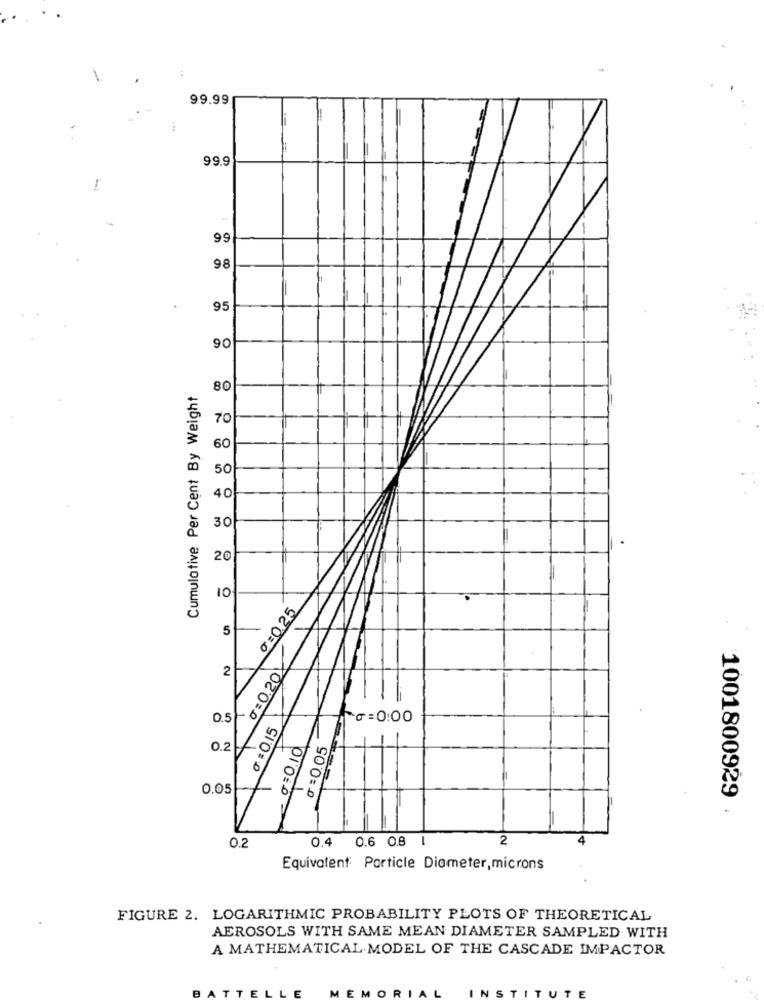
-
99.99
99.9
1
99
98
95
90
Cumulative Per Cent By Weight
80
70
60
50
40
30
20
10
0=0.25
5
0: 0.20
0.51
៛ :0.15
G = 0:00
0=0.05
0.2
0.05
0100 -
1001800929
2
4
0.2
0.4 0.6 0.8
Equivalent: Particle Diameter, microns
FIGURE 2. LOGARITHMIC PROBABILITY PLOTS OF THEORETICAL
AEROSOLS WITH SAME MEAN DIAMETER SAMPLED WITH
A MATHEMATICAL MODEL OF THE CASCADE IMPACTOR